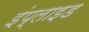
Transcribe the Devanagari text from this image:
इंप्लाइड